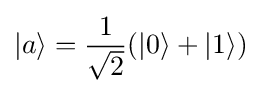
|a\rangle ={\frac {1}{\sqrt {2}}}(|0\rangle +|1\rangle )